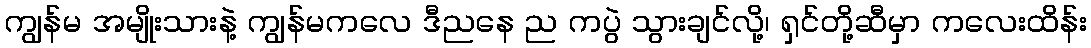
ကျွန်မ အမျိုးသားနဲ့ ကျွန်မကလေ ဒီညနေ ည ကပွဲ သွားချင်လို့၊ ရှင်တို့ဆီမှာ ကလေးထိန်း